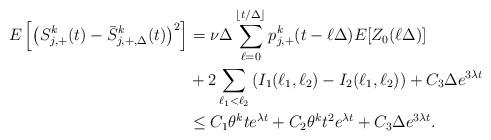
LaTeX: \begin{align*}E\left[\left(S^k_{j,+}(t)-\bar{S}^k_{j,+,\Delta}(t)\right)^2\right]&=\nu\Delta\sum_{\ell=0}^{\lfloor t/\Delta\rfloor}p^k_{j,+}(t-\ell\Delta)E[Z_0(\ell\Delta)]\\&+2\sum_{\ell_1<\ell_2}\left(I_1(\ell_1,\ell_2)-I_2(\ell_1,\ell_2)\right)+C_3\Delta e^{3\lambda t}\\&\leq C_1 \theta^kte^{\lambda t}+C_2\theta^kt^2e^{\lambda t}+C_3\Delta e^{3\lambda t}.\end{align*}